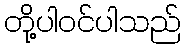
တို့ပါဝင်ပါသည်